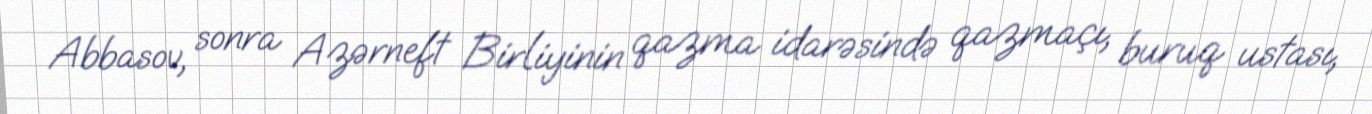
Abbasov, sonra Azərneft Birliyinin qazma idarəsində qazmaçı, buruq ustası,